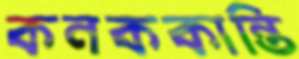
কনককান্তি